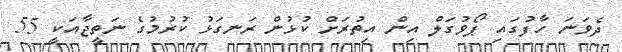
ދެވަނަ ހާފުގައި ޕޯވުގަލް އިން އިތުރަށް ކުޅުން ރަނގަޅު ކުރުމުގެ ނަތީޖާއަކީ 55